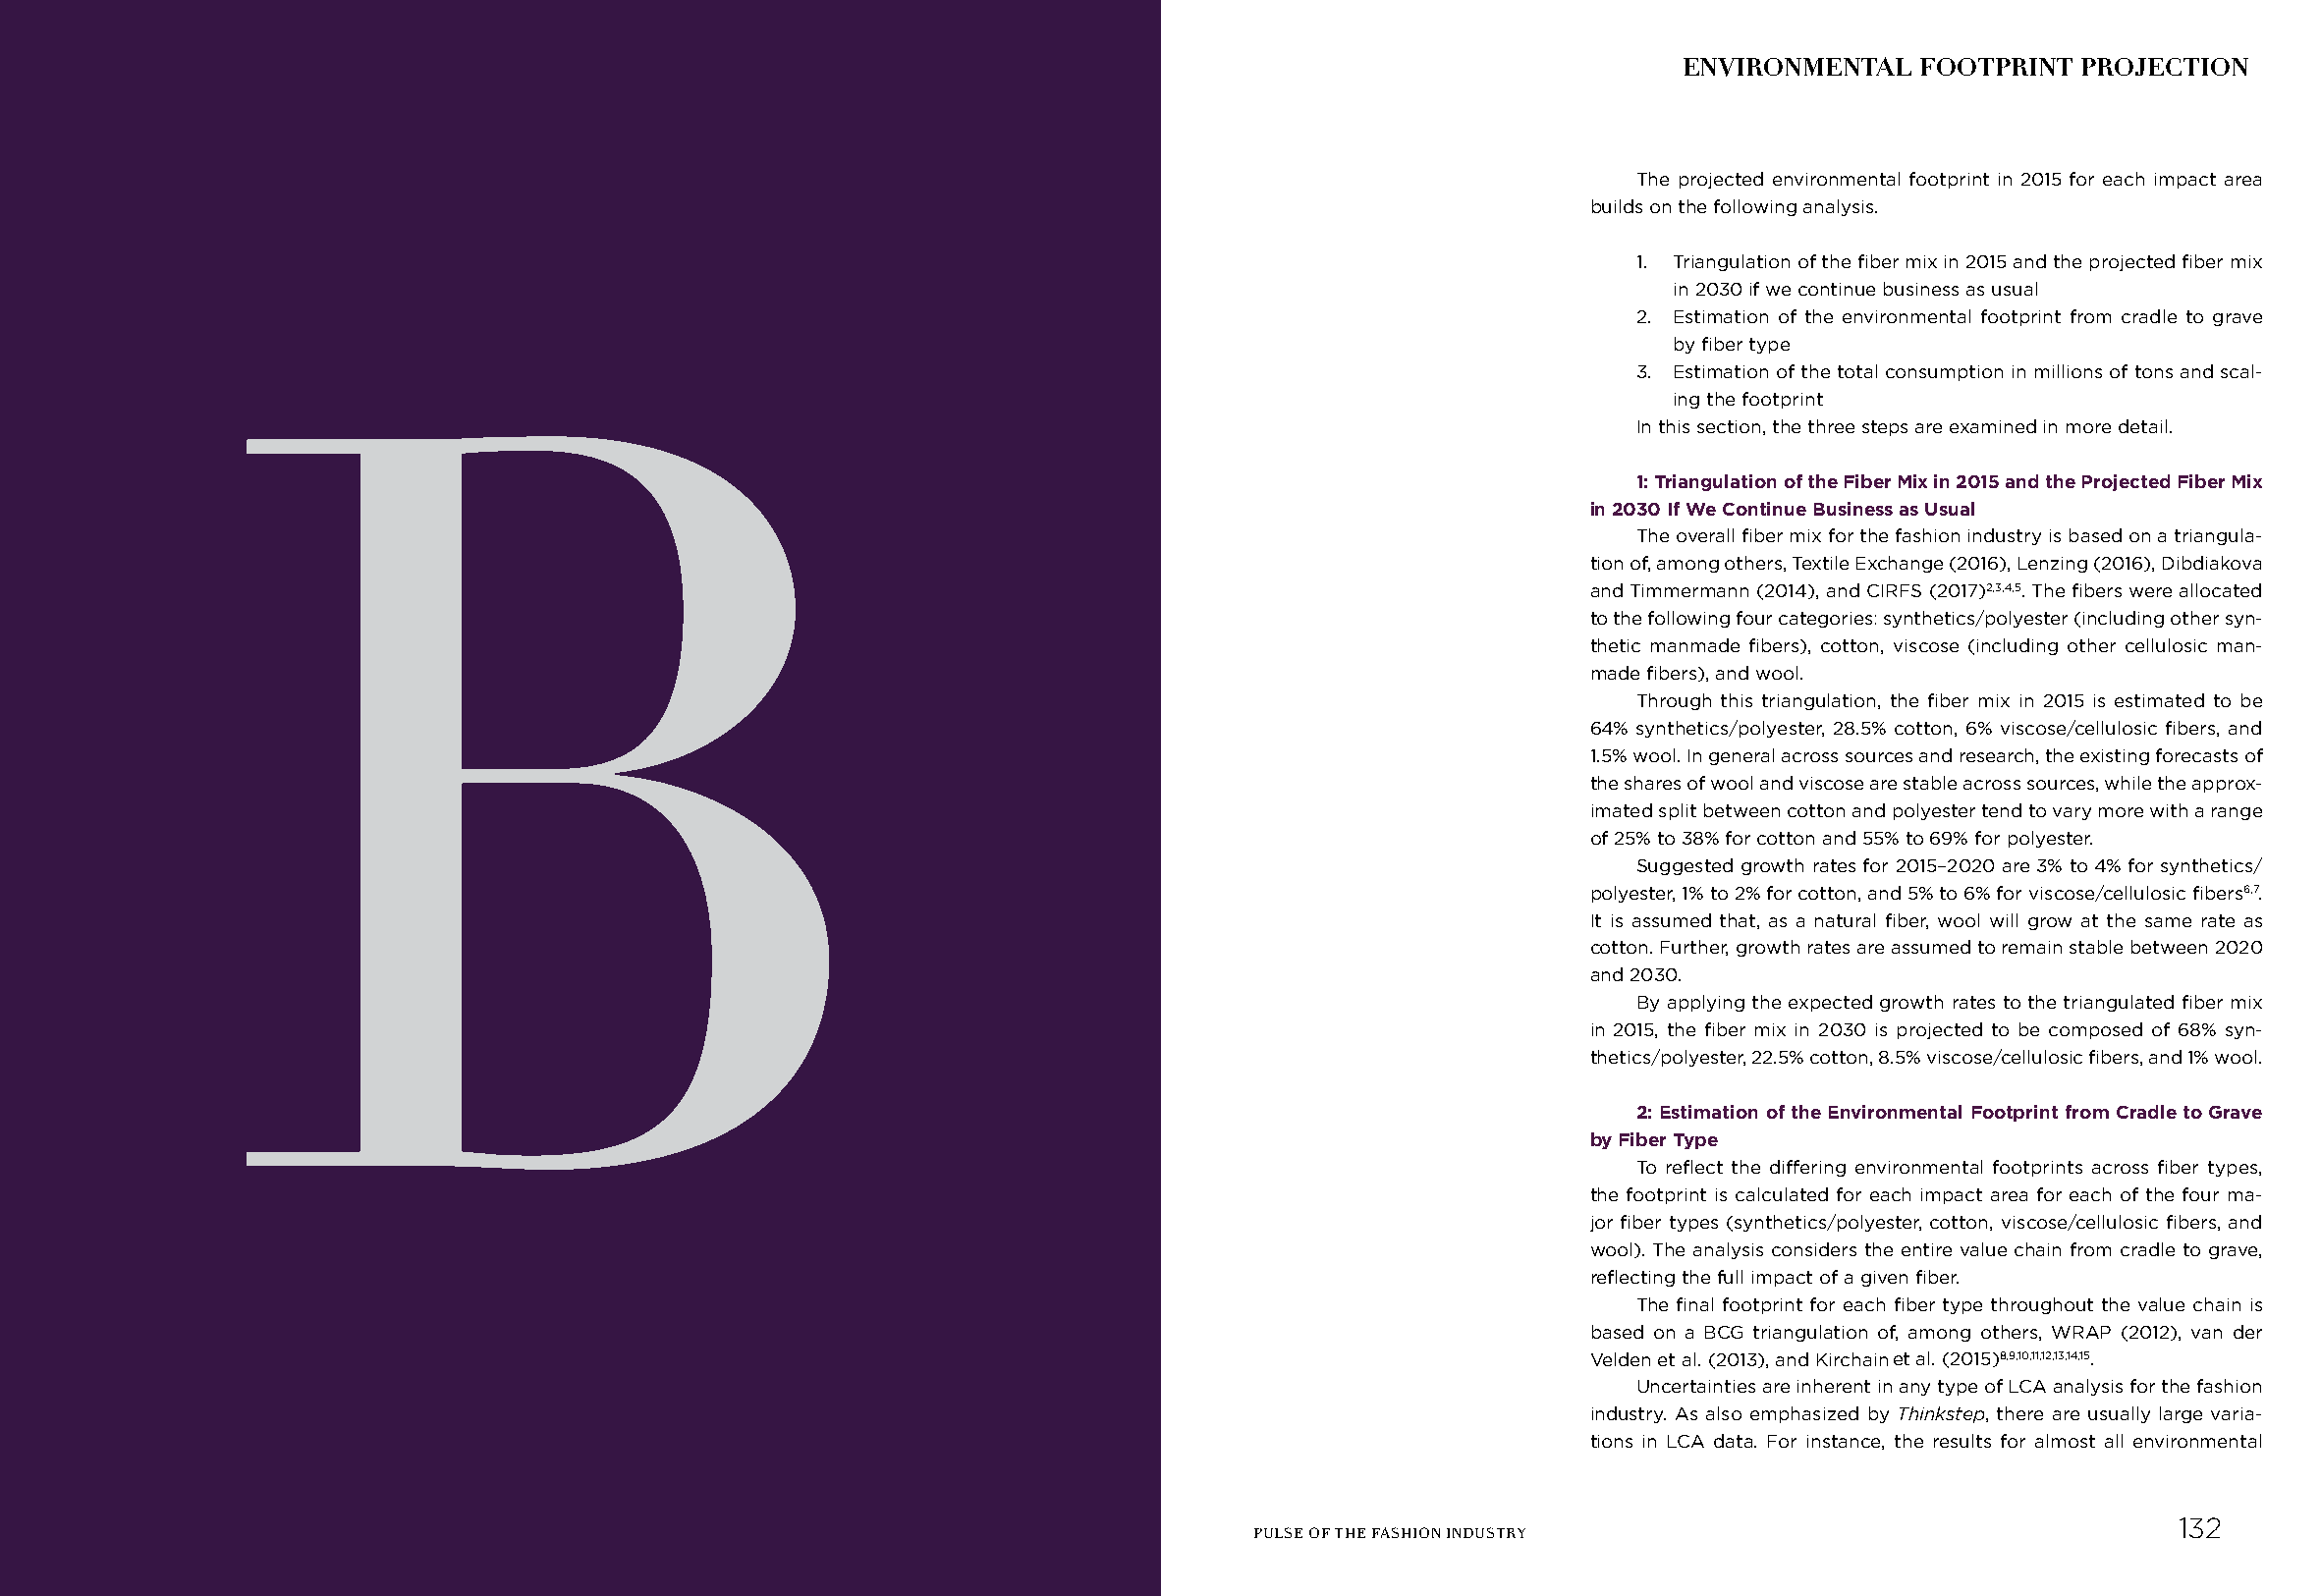
ENVIRONMENTAL   FOOTPRINT  PROJECTION
 The projected environmental footprint in 2015 for each impact area
 builds on the following analysis.
 1. Triangulation of the fiber mix in 2015 and the projected fiber mix
 in 2030 if we continue business as usual
 2. Estimation of the environmental footprint from cradle to grave
 by fiber type
 3. Estimation of the total consumption in millions of tons and scal-
 ing the footprint
 In this section, the three steps are examined in more detail.
 B
 1: Triangulation of the Fiber Mix in 2015 and the Projected Fiber Mix
 in 2030 If We Continue Business as Usual
 The overall fiber mix for the fashion industry is based on a triangula-
 tion of, among others, Textile Exchange (2016), Lenzing (2016), Dibdiakova
 and Timmermann (2014), and CIRFS (2017)2,3,4,5. The fibers were allocated
 to the following four categories: synthetics/polyester (including other syn-
 thetic manmade fibers), cotton, viscose (including other cellulosic man-
 made fibers), and wool.
 Through this triangulation, the fiber mix in 2015 is estimated to be
 64% synthetics/polyester, 28.5% cotton, 6% viscose/cellulosic fibers, and
 1.5% wool. In general across sources and research, the existing forecasts of
 the shares of wool and viscose are stable across sources, while the approx-
 imated split between cotton and polyester tend to vary more with a range
 of 25% to 38% for cotton and 55% to 69% for polyester.
 Suggested growth rates for 2015–2020 are 3% to 4% for synthetics/
 polyester, 1% to 2% for cotton, and 5% to 6% for viscose/cellulosic fibers6,7.
 It is assumed that, as a natural fiber, wool will grow at the same rate as
 cotton. Further, growth rates are assumed to remain stable between 2020
 and 2030.
 By applying the expected growth rates to the triangulated fiber mix
 in 2015, the fiber mix in 2030 is projected to be composed of 68% syn-
 thetics/polyester, 22.5% cotton, 8.5% viscose/cellulosic fibers, and 1% wool.
 2: Estimation of the Environmental Footprint from Cradle to Grave
 by Fiber Type
 To reflect the differing environmental footprints across fiber types,
 the footprint is calculated for each impact area for each of the four ma-
 jor fiber types (synthetics/polyester, cotton, viscose/cellulosic fibers, and
 wool). The analysis considers the entire value chain from cradle to grave,
 reflecting the full impact of a given fiber.
 The final footprint for each fiber type throughout the value chain is
 based on a BCG triangulation of, among others, WRAP (2012), van der
 Velden et al. (2013), and Kirchain et al. (2015)8,9,10,11,12,13,14,15.
 Uncertainties are inherent in any type of LCA analysis for the fashion
 industry. As also emphasized by Thinkstep, there are usually large varia-
 tions in LCA data. For instance, the results for almost all environmental
 132
 PULSE OF THE FASHION INDUSTRY